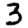
Digit: 3